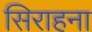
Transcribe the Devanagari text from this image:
सिराहना